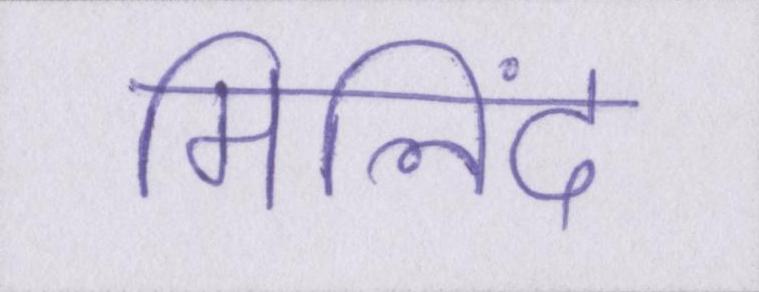
मिलिंद